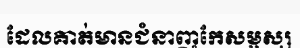
ដែលគាត់មានជំនាញកែសម្ផស្ស